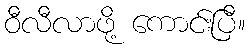
ဝီလီလာဖို့ ကောင်းပြီ။